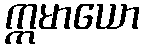
ဣမာယော